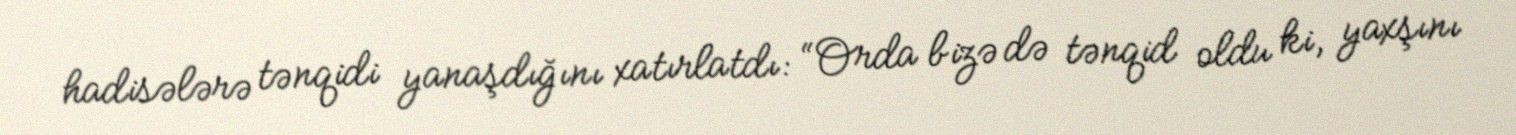
hadisələrə tənqidi yanaşdığını xatırlatdı: “Orda bizə də tənqid oldu ki, yaxşını